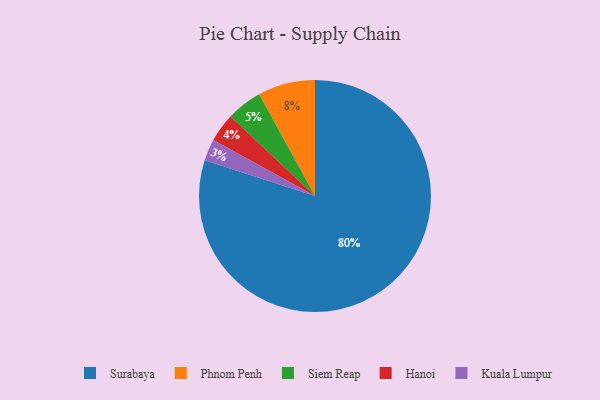
{"axis": {"x": "Category", "y": "Percentage"}, "legend": ["Hanoi", "Kuala Lumpur", "Phnom Penh", "Siem Reap", "Surabaya"], "data": [{"x": "Kuala Lumpur", "y": 3, "type": "Kuala Lumpur"}, {"x": "Hanoi", "y": 4, "type": "Hanoi"}, {"x": "Phnom Penh", "y": 8, "type": "Phnom Penh"}, {"x": "Siem Reap", "y": 5, "type": "Siem Reap"}, {"x": "Surabaya", "y": 80, "type": "Surabaya"}]}